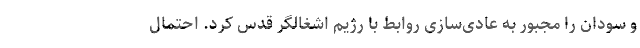
و سودان را مجبور به عادی‌سازی روابط با رژیم اشغالگر قدس کرد. احتمال